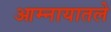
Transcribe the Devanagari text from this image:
आम्नायातले